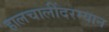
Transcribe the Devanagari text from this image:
हालचालींदरम्यान